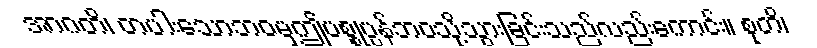
အာဂတိ၊ တပါးသောဘဝမှဤပစ္စုပ္ပန်ဘဝသို့သွားခြင်းသည်လည်းကောင်း။ စုတိ၊